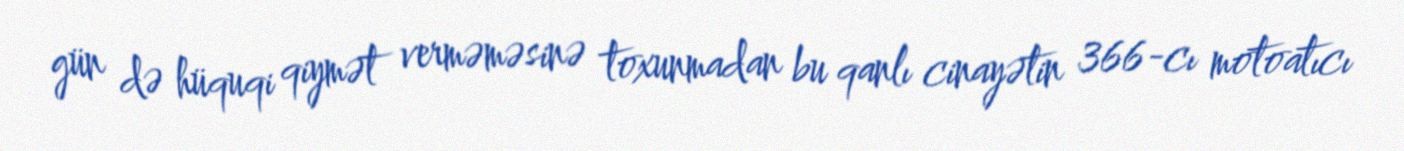
gün də hüquqi qiymət verməməsinə toxunmadan bu qanlı cinayətin 366-cı motoatıcı